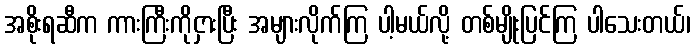
အစိုးရဆီက ကားကြီးကိုငှားပြီး အများလိုက်ကြ ပါ့မယ်လို့ တစ်မျိုးပြင်ကြ ပါသေးတယ်၊